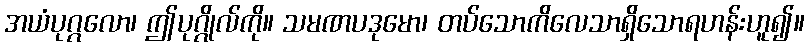
အယံပုဂ္ဂလော၊ ဤပုဂ္ဂိုလ်ကို။ သမဏပဒုမော၊ တပ်သောကိလေသာရှိသောရဟန်းဟူ၍။